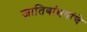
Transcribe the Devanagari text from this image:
जातिबांधवांचे